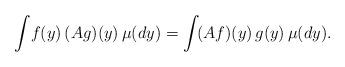
LaTeX: \begin{align*}\int\!f(y)\,(Ag)(y)\,\mu(dy)=\int\!(Af)(y)\,g(y)\,\mu(dy).\end{align*}